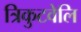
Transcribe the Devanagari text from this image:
त्रिकुटवेलि